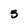
Character: 5